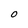
Character: O